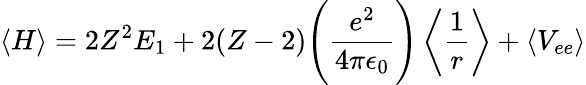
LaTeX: \langle H\rangle=2Z^{2}E_{1}+2(Z-2){\Bigg(}{\frac{e^{2}}{4\pi\epsilon_{0}}}{\Bigg)}\left\langle{\frac{1}{r}}\right\rangle+\left\langle V_{ee}\right\rangle